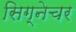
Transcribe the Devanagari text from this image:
सिग्‍नेचर